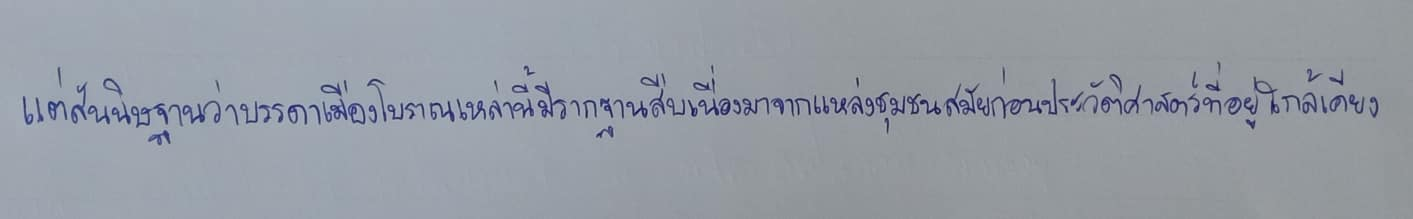
แต่สันนิษฐานว่าบรรดาเมืองโบราณเหล่านี้มีรากฐานสืบเนื่องมาจากแหล่งชุมชนสมัยก่อนประวัติศาสตร์ที่อยู่ใกล้เคียง